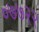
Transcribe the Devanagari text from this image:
०७७२२